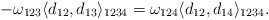
LaTeX: \begin{align*}-\omega_{123}\langle d_{12},d_{13}\rangle_{1234}=\omega_{124}\langle d_{12},d_{14}\rangle_{1234}.\end{align*}